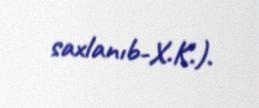
saxlanıb-X.K.).